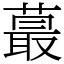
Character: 蕞